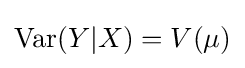
{\text{Var}}(Y|X)=V(\mu )